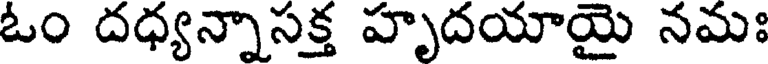
ఓం దధ్యన్నాసక్త హృదయాయై నమః